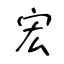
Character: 宏